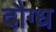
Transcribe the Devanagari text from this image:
दौग्ध